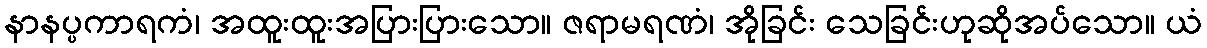
နာနပ္ပကာရကံ၊ အထူးထူးအပြားပြားသော။ ဇရာမရဏံ၊ အိုခြင်း သေခြင်းဟုဆိုအပ်သော။ ယံ